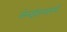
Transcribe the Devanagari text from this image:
चेन्नईदरम्यानचे